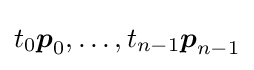
t_{0}{\boldsymbol {p}}_{0},\dots ,t_{n-1}{\boldsymbol {p}}_{n-1}